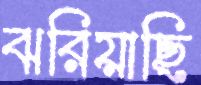
ঝরিয়াছি